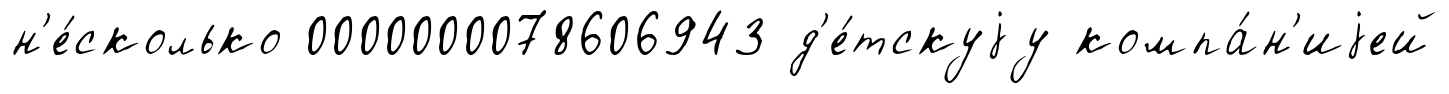
н'е́сколько 0000000078606943 д'е́тскуjу компа́н'иjей